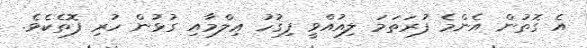
އެ ގޮތުން އެންމެ ފުރަތަމަ ލިއުއްވީ ފިޤުހު ޢިލްމާއި ގުޅުން ހުރި ފޮތެކެވެ.